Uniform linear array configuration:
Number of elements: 4
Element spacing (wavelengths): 0.5
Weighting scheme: exponential
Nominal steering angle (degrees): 30
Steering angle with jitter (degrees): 30.08
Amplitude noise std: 0.05
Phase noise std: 0.05

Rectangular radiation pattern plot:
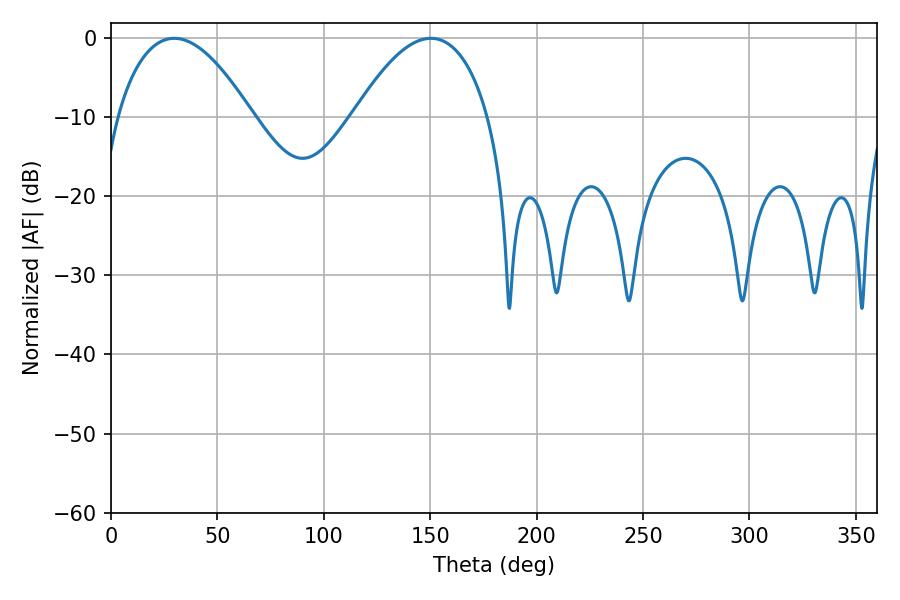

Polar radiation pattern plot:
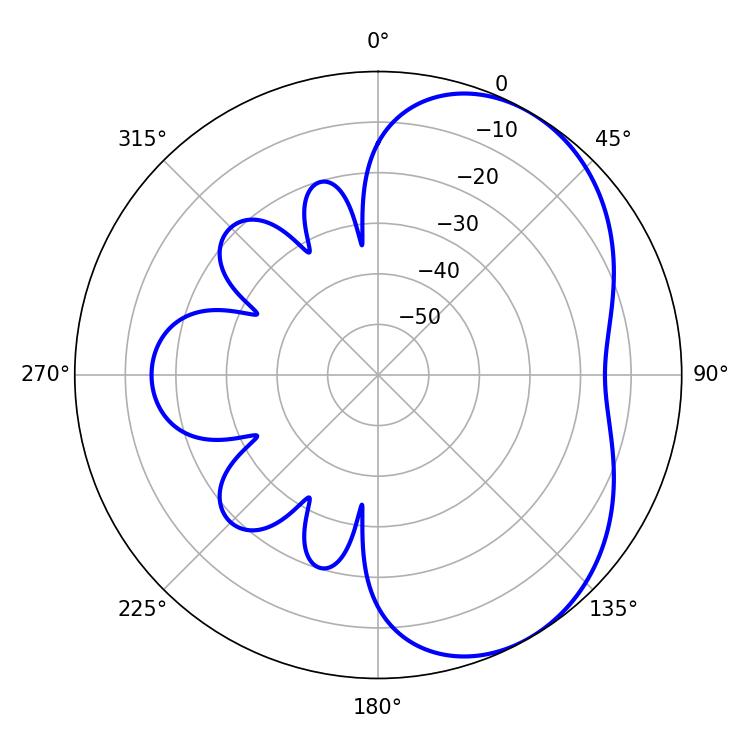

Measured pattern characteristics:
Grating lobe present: FALSE
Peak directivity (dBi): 4.648
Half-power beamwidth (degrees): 34.92
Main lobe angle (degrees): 29.7